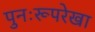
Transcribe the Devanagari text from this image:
पुनःरूपरेखा